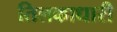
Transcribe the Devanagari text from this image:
तिलकाधारी